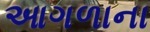
આગળાના